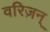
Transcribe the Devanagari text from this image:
वरिज़न्